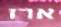
ארז